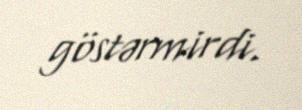
göstərmirdi.